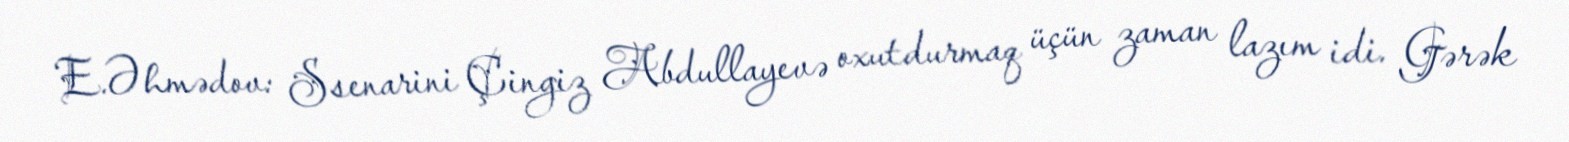
E.Əhmədov: Ssenarini Çingiz Abdullayevə oxutdurmaq üçün zaman lazım idi. Gərək